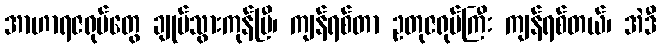
အာဟာရဇရုပ်တွေ ချုပ်သွားကုန်ပြီ၊ ကျန်ရစ်တာ ဥတုဇရုပ်ကြီး ကျန်ရစ်တယ်၊ အဲဒီ